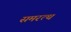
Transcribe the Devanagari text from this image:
समरत्थ